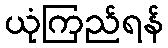
ယုံကြည်ရန်